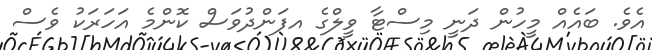
އެވެ. ބައެއް މީހުން ދަނީ މިސްޓާ ވީލްގެ އފަންދުވަސް ކޮންމެ އަހަރަކު ވެސް